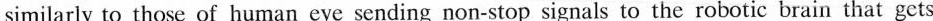
similarly to those of human eye sending non-stop signals to the robotic brain that gets